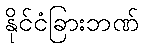
နိုင်ငံခြားဘဏ်